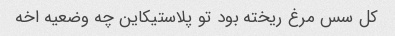
کل سس مرغ ریخته بود تو پلاستیکاین چه وضعیه اخه